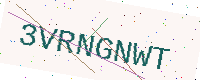
Text: 3VRNGNWT